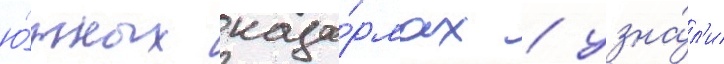
ю́жных каза́рмах / узна́л'и